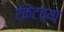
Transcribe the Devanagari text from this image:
रॅकेटच्या